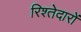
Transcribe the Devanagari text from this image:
रिश्‍तेदारों